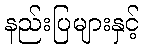
နည်းပြများနှင့်